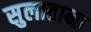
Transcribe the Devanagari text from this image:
सुलाताना